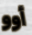
أوو